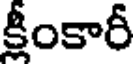
క్షీంకారీ